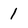
Character: 1